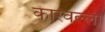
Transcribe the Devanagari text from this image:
कारवल्ली